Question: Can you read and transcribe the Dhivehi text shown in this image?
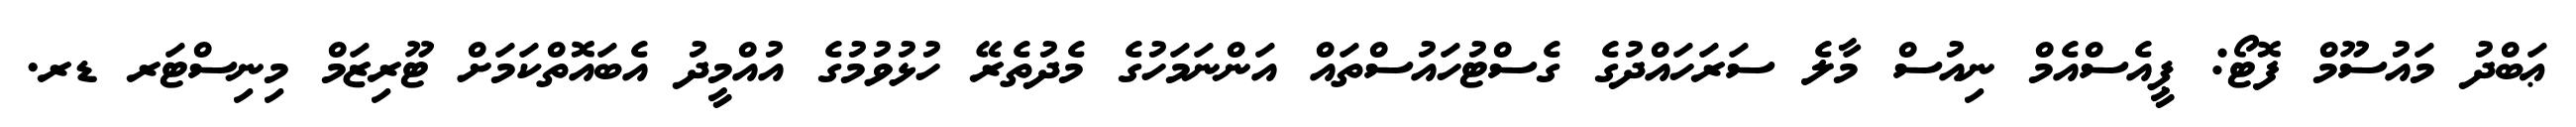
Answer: ޢަބްދު މައުސޫމް ފޮޓޯ: ޕީއެސްއެމް ނިއުސް މާލެ ސަރަހައްދުގެ ގެސްޓުހައުސްތައް އަންނަމަހުގެ މެދުތެރޭ ހުޅުވުމުގެ އުއްމީދު އެބައޮތްކަމަށް ޓޫރިޒަމް މިނިސްޓަރ ޑރ.